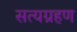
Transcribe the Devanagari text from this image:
सत्यग्रहण